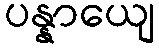
ပန္နာယျေ